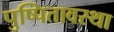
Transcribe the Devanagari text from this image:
पुष्पितावस्था